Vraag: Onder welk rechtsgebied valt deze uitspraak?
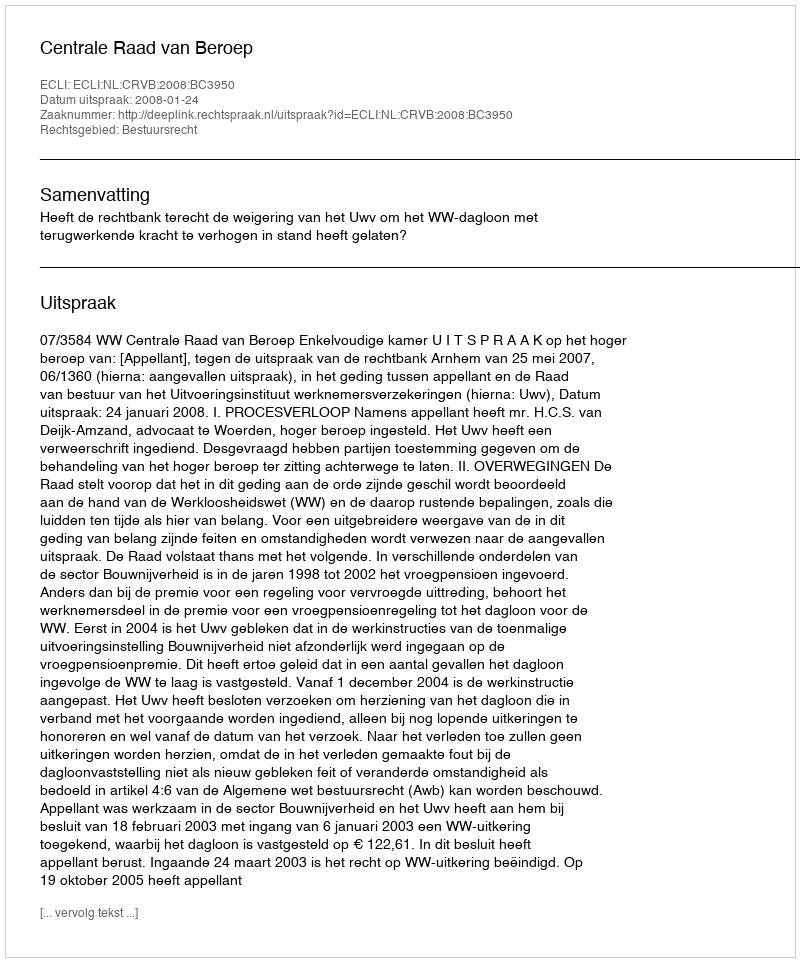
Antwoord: Bestuursrecht